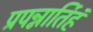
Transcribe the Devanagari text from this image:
प्रपन्नार्तिहं